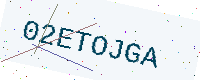
Text: 02ETOJGA